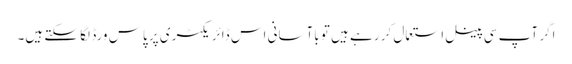
اگر آپ سی پینل استعمال کر رہے ہیں تو باآسانی اس ڈائریکٹری پر پاس ورڈ لگا سکتے ہیں۔